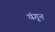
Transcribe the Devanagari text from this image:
यंगून